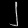
Digit: ၂